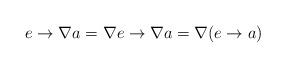
LaTeX: \begin{align*}e \to \nabla a=\nabla e \to \nabla a=\nabla (e \to a)\end{align*}